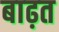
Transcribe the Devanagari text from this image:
बाढ़त